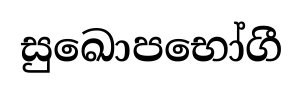
සුඛොපභෝගී